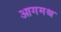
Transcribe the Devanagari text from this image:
आगमश्च